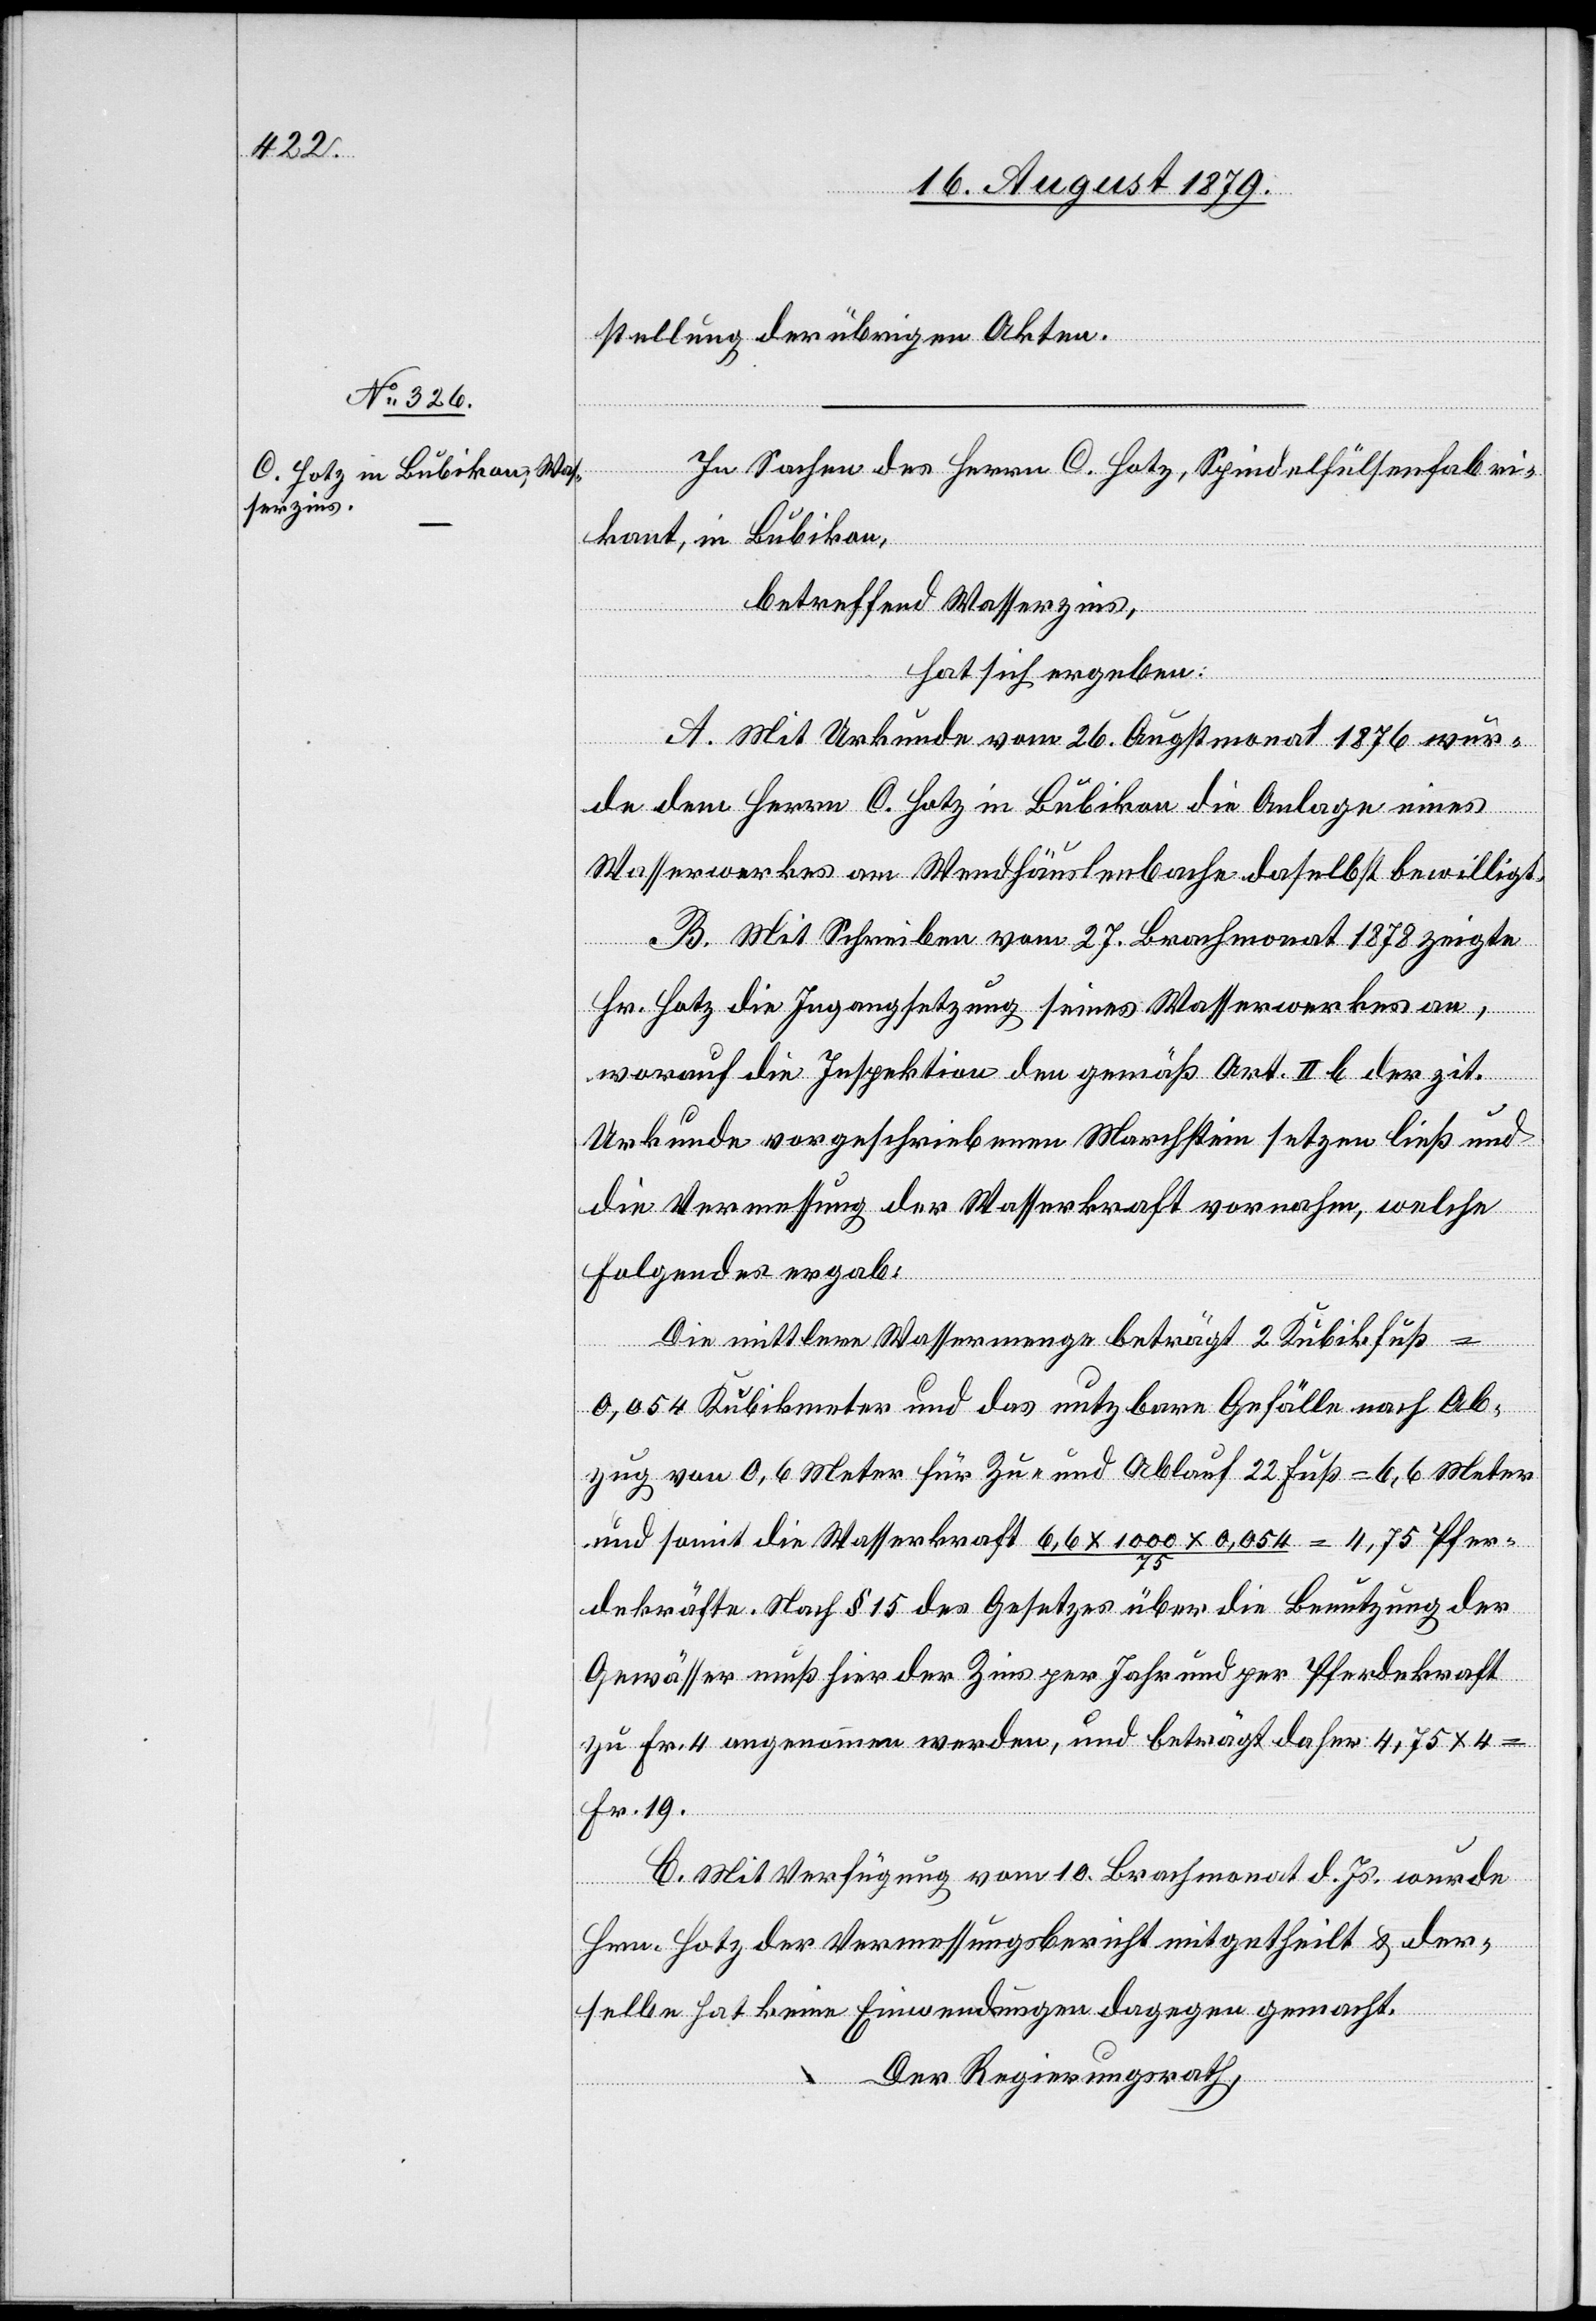
stellung der übrigen Akten.
In Sachen des Herren C. Hotz, Spindelhülsenfabri¬
kant, in Bubikon,
betreffend Wasserzins,
hat sich ergeben:
A. Mit Urkunde vom 26. Augstmonat 1876 wur¬
de dem Herrn C. Hotz in Bubikon die Anlage eines
Wasserwerkes am Wendhäuselbache daselbst bewilligt.
B. Mit Schreiben vom 27. Brachmonat 1878 zeigte
Hr. Hotz die Ingangsetzung seines Wasserwerkes an,
worauf die Inspektion den gemäß Art. II b. der zit.
Urkunde vorgeschriebenen Marchstein setzen ließ und
die Vermessung der Wasserkraft vornahm, welche
folgendes ergab:
Die mittlere Wassermenge beträgt 2 Kubikfuß
0,054 Kubikmeter und das nutzbare Gefälle nach Ab¬
zug von 0,6 Meter für Zu- und Ablauf 22 Fuß = 6,6 Meter
und somit die Wasserkraft 6,6 x 1000 x 0,054 / 75 = 4,75 Pfer¬
dekräfte. Nach § 15 des Gesetzes über die Benutzung der
Gewässer muß hier der Zins per Jahr und per Pferdekraft
zu Fr. 4 angenommen werden, und beträgt daher 4,75 x 4
Fr. 19.
C. Mit Verfügung vom 10. Brachmonat d. Js. wurde
Hrn. Hotz der Vermessungsbericht mitgetheilt & der¬
selbe hat keine Einwendungen dagegen gemacht.
Der Regierungsrath,